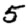
Digit: 5